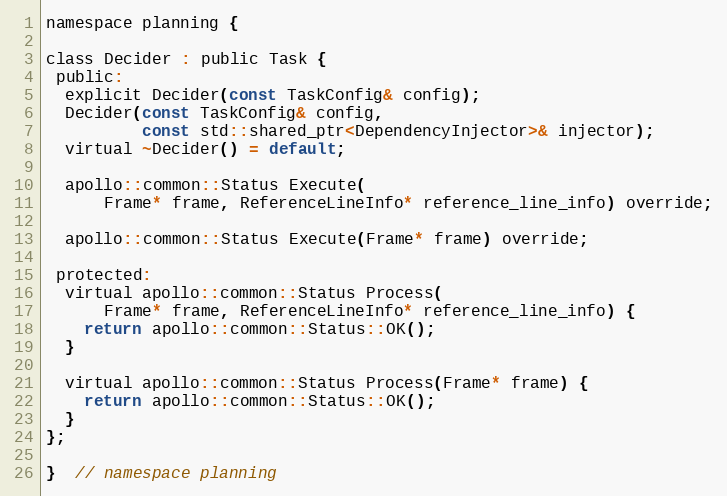
Language: C
namespace planning {

class Decider : public Task {
 public:
  explicit Decider(const TaskConfig& config);
  Decider(const TaskConfig& config,
          const std::shared_ptr<DependencyInjector>& injector);
  virtual ~Decider() = default;

  apollo::common::Status Execute(
      Frame* frame, ReferenceLineInfo* reference_line_info) override;

  apollo::common::Status Execute(Frame* frame) override;

 protected:
  virtual apollo::common::Status Process(
      Frame* frame, ReferenceLineInfo* reference_line_info) {
    return apollo::common::Status::OK();
  }

  virtual apollo::common::Status Process(Frame* frame) {
    return apollo::common::Status::OK();
  }
};

}  // namespace planning